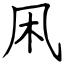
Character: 凩